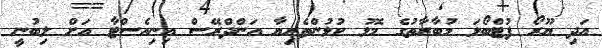
އަދި ޔޫރޯ ފުޓްބޯޅަ މުބާރާތުގެ މޮޅު ކުޅުންތެރިޔާ އަންދްރޭސް އިނިއެސްޓާ އަށް ލިބުނީ